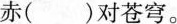
赤( )对苍穹。